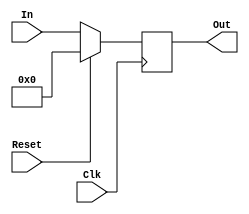
`timescale 1ns / 1ps
//////////////////////////////////////////////////////////////////////////////////
// ECE369 - Computer Architecture
// 
// Module - HiLoRegister.v
// Description - 32-Bit wide register for HI and LO.
//
// INPUTS:-
// In: 32-bit input port In
// Clk: 32-bit input clock signal
//
// OUTPUTS:-
// Out: 32-bit output port Out
//
// FUNCTIONALITY:-
// HiLoRegister takes in a 32-bit input (In) and assigns it to a 32-bit output (Out) on the positive clock edge.
// It uses a synchronous reset.
//
//////////////////////////////////////////////////////////////////////////////////


module HiLoRegister(Clk, In, Reset,Out);
    input [31:0]In;
    input Clk, Reset;
    
    output reg [31:0] Out;
    
    initial begin
        Out <= 32'b0;
    end
    
    always@(posedge Clk)begin
        if(Reset == 1'b1) Out<=32'b0;
        else Out <= In;
    end
endmodule